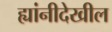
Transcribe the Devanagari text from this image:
ह्यांनीदेखील